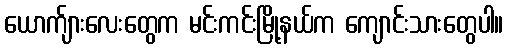
ယောက်ျားလေးတွေက မင်းကင်းမြို့နယ်က ကျောင်းသားတွေပါ။